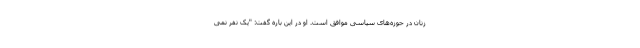
زنان در حوزه‌های سیاسی موافق است. او در این باره گفت: "یک نفر نمی